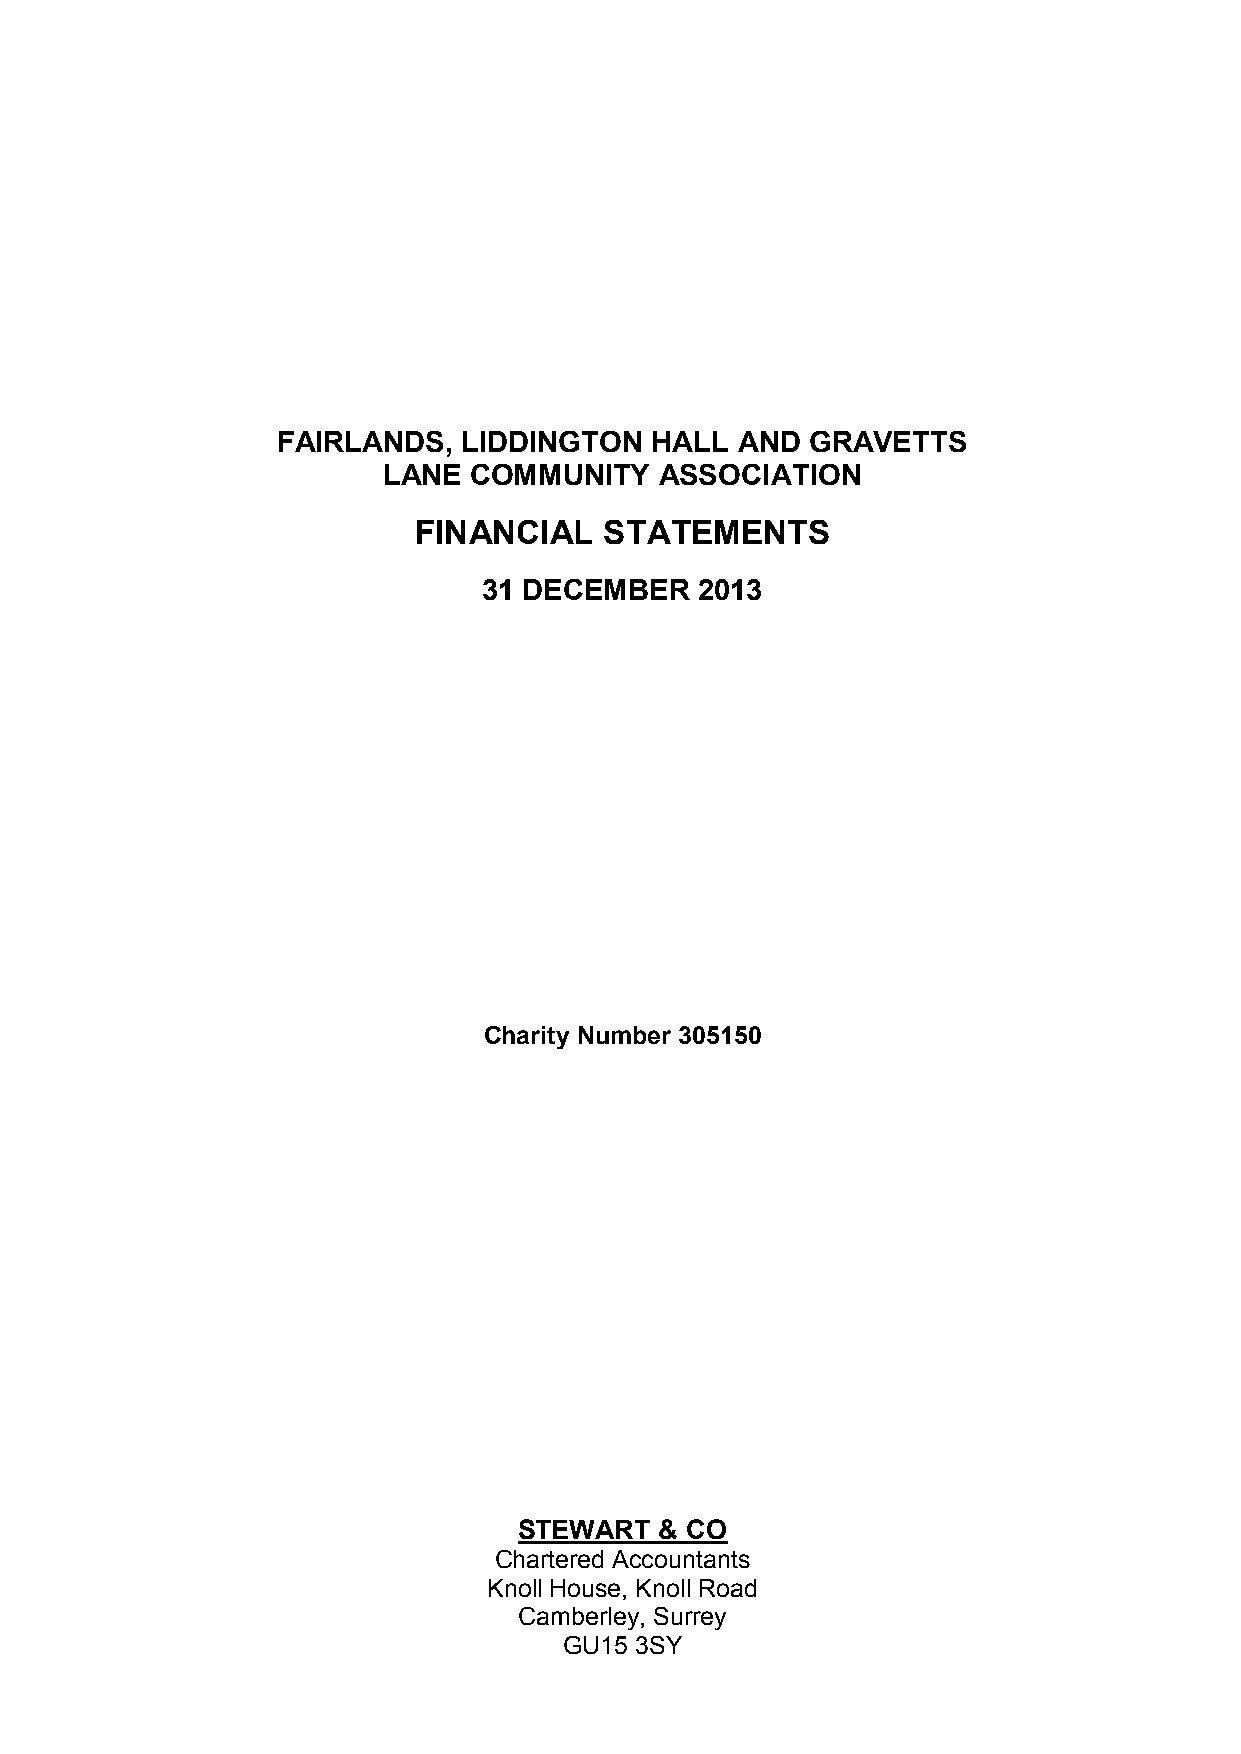
FAIRLANDS,   LIDDINGTON  HALL  AND  GRAVETTS
 LANE  COMMUNITY    ASSOCIATION
 FINANCIAL    STATEMENTS
 31 DECEMBER   2013
 Charity Number 305150
 STEWART   & CO
 Chartered Accountants
 Knoll House, Knoll Road
 Camberley, Surrey
 GU15 3SY